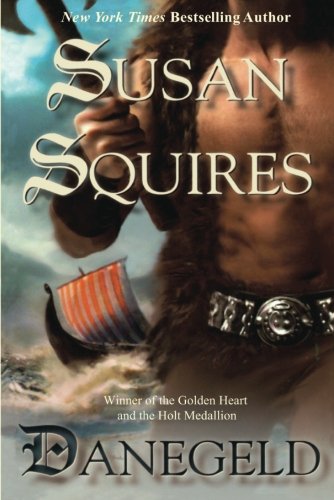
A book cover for Danegeld; Susan Squires; Romance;